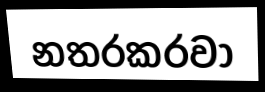
නතරකරවා